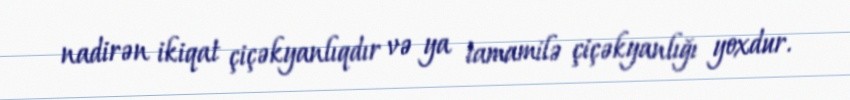
nadirən ikiqat çiçəkyanlıqdır və ya tamamilə çiçəkyanlığı yoxdur.